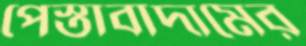
পেস্তাবাদামের